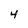
Character: 4